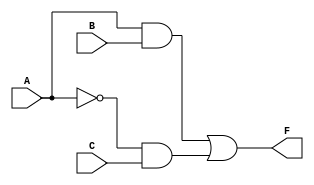
module combinational_logic (
    input wire A,    // Input A
    input wire B,    // Input B
    input wire C,    // Input C
    output wire F    // Output F
);

// Intermediate signals
wire not_A;        // NOT A
wire and1;        // A AND B
wire and2;        // NOT A AND C

// Logic Implementation
// NOT gate
assign not_A = ~A;

// AND gates
assign and1 = A & B;       // A AND B
assign and2 = not_A & C;   // NOT A AND C

// OR gate
assign F = and1 | and2;    // F = (A AND B) OR (NOT A AND C)

endmodule